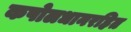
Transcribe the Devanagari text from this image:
कपोलधानरहित